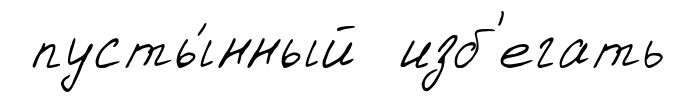
пусты́нный изб'егать